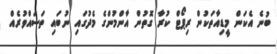
ބުނެ އެކަން މީޑިއާތަކުން ރިޕޯޓް ކުރާ ގޮތުން އާންމުންގެ މެދުގައި ނުބައި ތަސައްވުރެއް